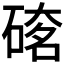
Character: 𥔇